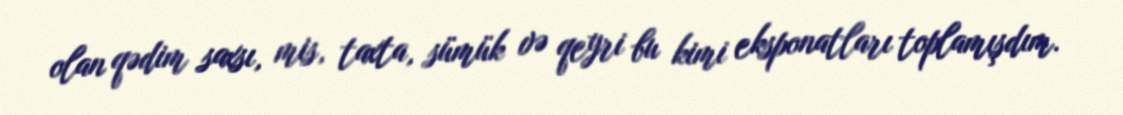
olan qədim saxsı, mis, taxta, sümük və qeyri bu kimi eksponatları toplamışdım.